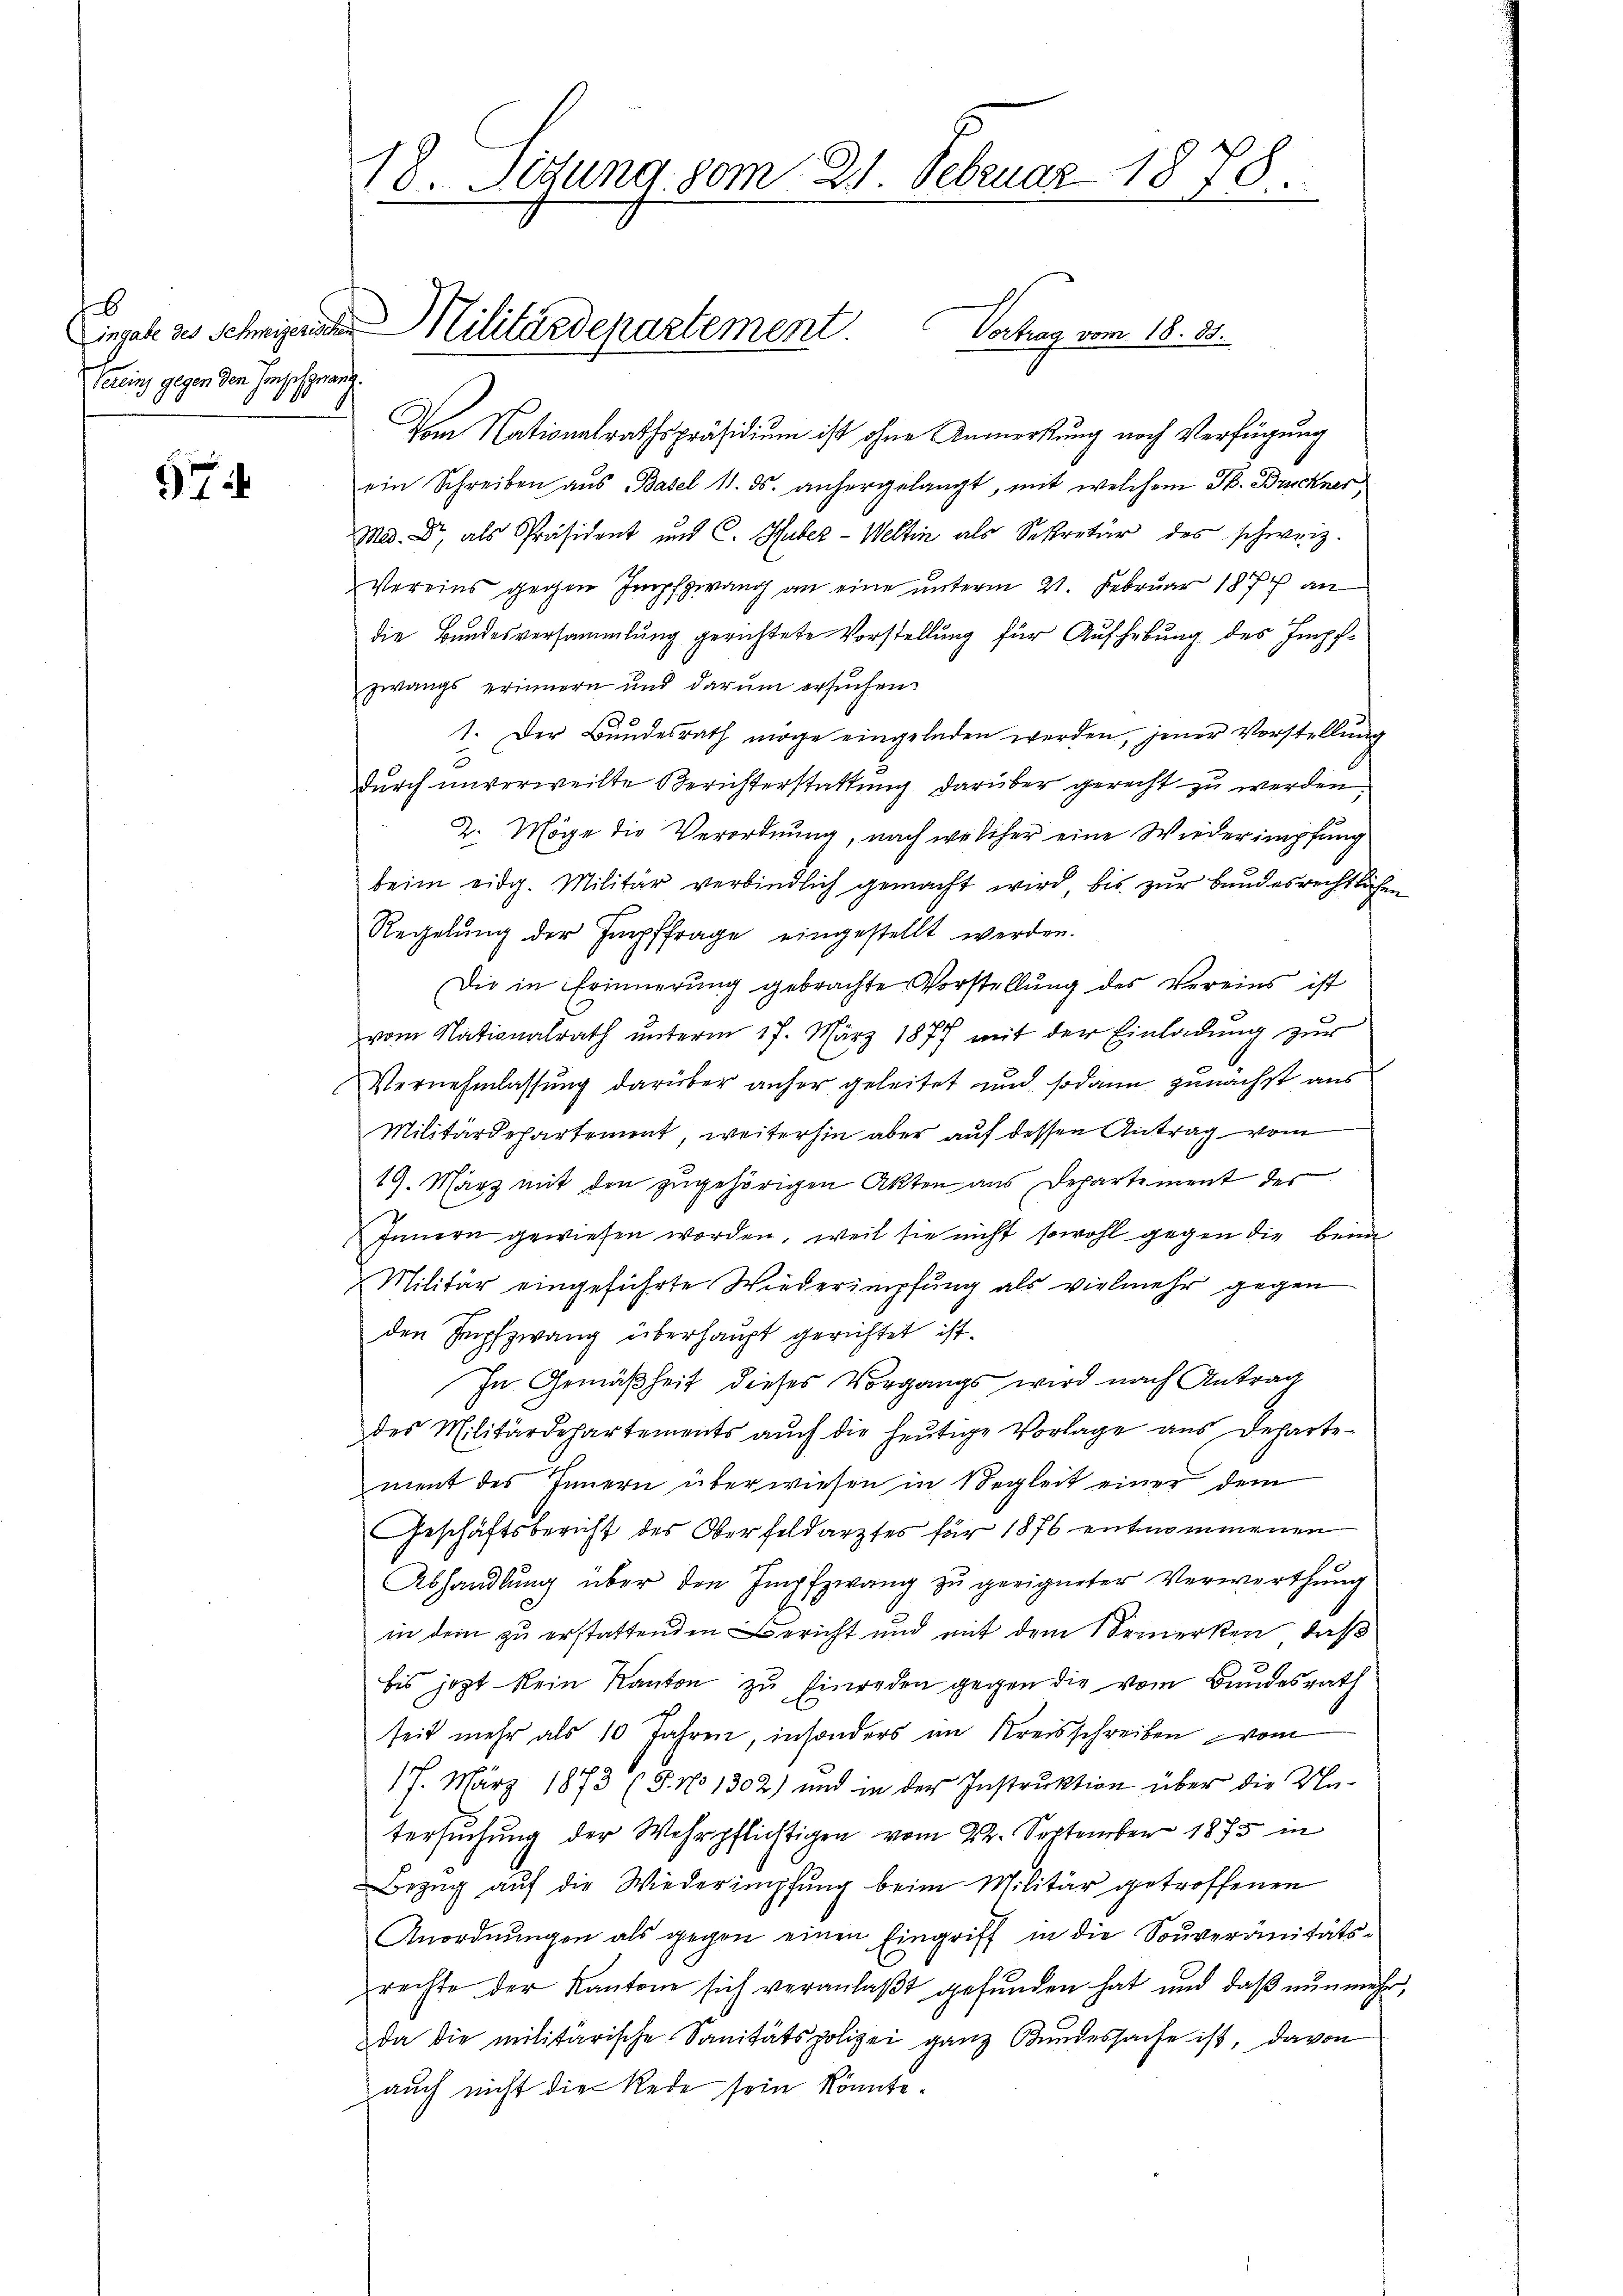
6
Vereinz gegen den Impfzwanz

7

18. Sigung 80m 21. Februar 1878.

Vom Nationalrathspräsidium ist ohne Anmerkung noch Verfügung
ein Schreiben aus Basel 11. ds. anhergelangt, mit welchem Th. Bruckner
Med. Dr als Präsident und C. Huber-Weltin als Sekretär des schweiz.
Vereins gegen Impfzwang an eine unterm 21. Februar 1874 an
die Bundesversammlung gerichtete Vorstellung für Aufhebung des Impfzwangs erinnern und darum ersuchen
1. Der Bŭndesrath möge eingeladen werden, jener Vorstellŭng
durch unverweilte Berichterstattung darüber gerecht zu werden.
2. Möge die Verordnung, nach welcher eine Wiederimpfung
beim eidg. Militär verbindlich gemacht wird, bis zur bundesrechtlichen
Regelung der Impffrage eingestellt werden.
Die in Erinnerung gebrachte Vorstellŭng des Vereins ist
vom Nationalrath unterm 17. März 1877 mit der Einladung zur
Vernehmlassung darüber anher geleitet und sodann zunächst aus
Militärdepartement, weiterhin aber auf dessen Antrag vom
19. März mit den zugehörigen Akten aus Departement der
Innern gewiesen worden, weil sie nicht sowohl gegen die beim
Militär eingeführte Wiederimpfung als vielmehr gegen
den Impfzwang überhaupt gerichtet ist.
In Gemäßheit dieses Vorgangs wird nach Antrag
des Militärdepartements auch die heutige Vorlage aus Departement des Innern überwiesen in Begleit einer dem
Geschäftsbericht des Oberfeldarztes für 1876 entnommenen
Abhandlung über den Impfzwang zu geeigneter Verwerthung
in dem zu erstattenden Bericht und mit dem Bemerken, daß
bis jezt kein Kanton zu Einreden gegen die vom Bundesrath
seit mehr als 10 Jahren, insonders im Kreisschreiben vom
17. März 1873 (S. No 1302) und in der Instruktion über die Untersuchung der Wehrpflichtigen vom 22. September 1875 in
Bezug auf die Wiederimpfung beim Militär getroffenen
Anordnungen als gegen einen Eingriff in die Souveränitätsrechte der Kantone sich veranlaßt gefunden hat und daß nunmehr,
da die militärische Sanitätspolizei ganz Bundessache ist, davon
auch nicht die Rede sein könnte.

Eingabe des Schmizeristen Militärdepartement. Vortrag vom 18. 89.